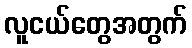
လူငယ်တွေအတွက်